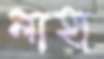
লাহা